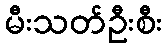
မီးသတ်ဦးစီး